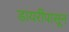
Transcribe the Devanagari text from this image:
डायरींपासून